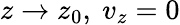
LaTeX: z\rightarrow z_{0},~v_{z}=0